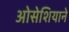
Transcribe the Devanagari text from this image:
ओसेशियाने